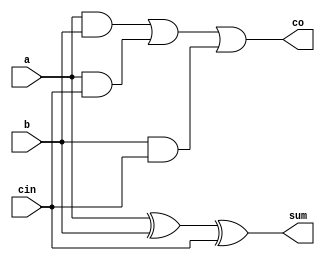
// Code your design here
// FA
module fa(a,b,cin,sum,co);
  input a,b,cin;
  output sum,co;
  assign sum=a^b^cin;
  assign co=(a&b)|(a&cin)|(b&cin);
endmodule

//XOR gate

module xorgate(y,a,b);
  input a,b;
  output y;
  assign y=a^b;
endmodule

module adderCUMsub4bit(a,b,control,sumDiff,carry_borrow);
  input [3:0]a,b;
  input control;
  output [3:0]sumDiff;
  output carry_borrow;
  wire [3:0]bcomp;
  
  
  xorgate ins1(bcomp[0],control,b[0]);
  xorgate ins2(bcomp[1],control,b[1]);
  xorgate ins3(bcomp[2],control,b[2]);
  xorgate ins4(bcomp[3],control,b[3]);
  
  fa fa1(a[0],bcomp[0],control,sumDiff[0],c1);
  fa fa2(a[1],bcomp[1],c1,sumDiff[1],c2);
  fa fa3(a[2],bcomp[2],c2,sumDiff[2],c3);
  fa fa4(a[3],bcomp[3],c3,sumDiff[3],carry_borrow);
endmodule

//testbench

// Code your testbench here
// or browse Examples
`timescale 1ns/1ns
module test;
  reg [3:0]a,b;
  reg control;
  wire [3:0]sumDiff;
  wire carry_borrow;
  
  adderCUMsub4bit ins1(a,b,control,sumDiff,carry_borrow);
  
  initial begin 
  a=8; b=7;control=0;
  #10 control=1;
  #5 a=7; b=8;control=0;
    #10 control=1;
  
  end
  
  initial
    $monitor("a=%b, b=%b, control=%b,sumDiff=%b,carry_borrow=%b",a,b,control,sumDiff,carry_borrow);
endmodule

//EDAPlayground link https://www.edaplayground.com/x/EX7W